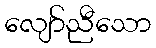
လျော်ညီသော